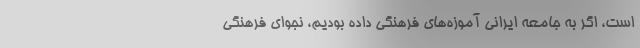
است، اگر به جامعه ایرانی آموزه‌های فرهنگی داده بودیم، نجوای فرهنگی